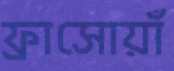
ফ্রাসোয়াঁ